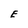
Character: E